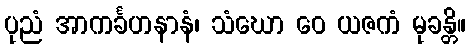
ပုညံ အာကင်္ခဟနာနံ၊ သံဃော ဝေ ယဇကံ မုခန္တိ။